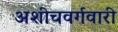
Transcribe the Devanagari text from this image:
अशीचवर्गवारी